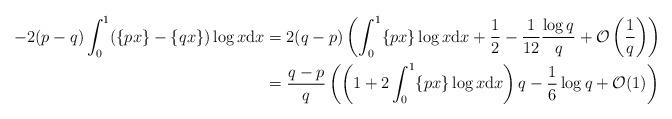
LaTeX: \begin{align*}-2(p-q) \int_0^1 (\{px \} - \{qx \})\log x \mathrm{d}x &= 2(q-p) \left( \int_0^1 \{px \} \log x \mathrm{d}x + \frac{1}{2} - \frac{1}{12} \frac{\log q}{q} + \mathcal{O}\left(\frac{1}{q}\right) \right) \\&= \frac{q-p}{q} \left(\left( 1 + 2 \int_0^1 \{px \} \log x \mathrm{d}x \right) q - \frac{1}{6} \log q + \mathcal{O}(1) \right) \end{align*}